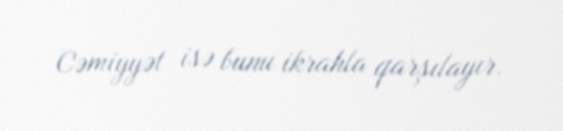
Cəmiyyət isə bunu ikrahla qarşılayır.